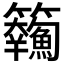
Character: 𩽘